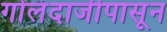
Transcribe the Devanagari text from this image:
गोलंदाजीपासून